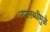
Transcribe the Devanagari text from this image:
उपलब्धीमुळे